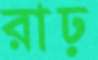
রাঢ়